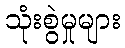
သုံးစွဲမှုများ